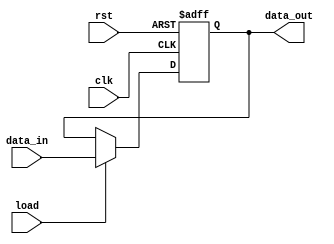

 module Address_Register (data_out, data_in, load, clk, rst);
  parameter word_size = 10;
  parameter address_size = 8;
  output reg [address_size-1: 0] 	data_out;
  input 	[address_size-1: 0] 	data_in;
  input 			load, clk, rst;
  always @ (posedge clk or negedge rst)
    if (rst == 0) data_out <= 0; else if (load) data_out <= data_in;
endmodule